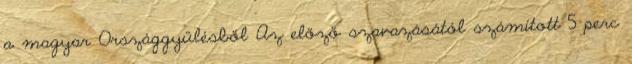
a magyar Országgyűlésből Az előző szavazásától számított 5 perc